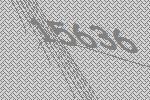
15636